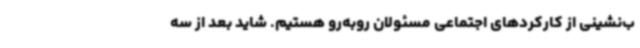
ب‌نشینی از کارکردهای اجتماعی مسئولان روبه‌رو هستیم. شاید بعد از سه